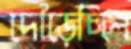
দৌড়েছিল